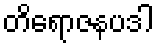
တိရောဇနပဒါ